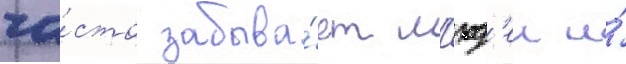
ча́сто забыва́ет л'юд'еи и́